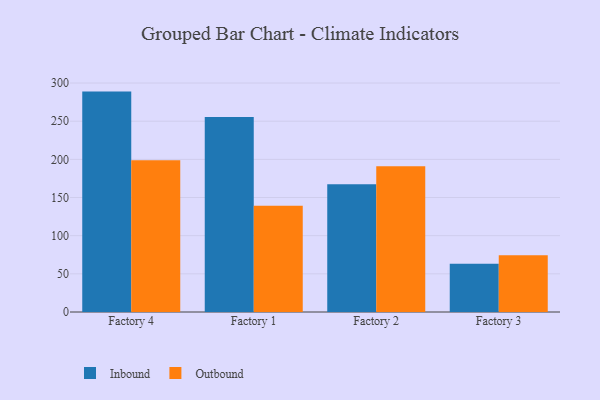
{"axis": {"x": "Factory", "y": "Operating Costs (USD K)"}, "legend": ["Inbound", "Outbound"], "data": [{"x": "Factory 4", "y": 288.8, "type": "Inbound"}, {"x": "Factory 4", "y": 198.8, "type": "Outbound"}, {"x": "Factory 1", "y": 255.4, "type": "Inbound"}, {"x": "Factory 1", "y": 139.2, "type": "Outbound"}, {"x": "Factory 2", "y": 167.5, "type": "Inbound"}, {"x": "Factory 2", "y": 191.1, "type": "Outbound"}, {"x": "Factory 3", "y": 63.3, "type": "Inbound"}, {"x": "Factory 3", "y": 74.3, "type": "Outbound"}]}